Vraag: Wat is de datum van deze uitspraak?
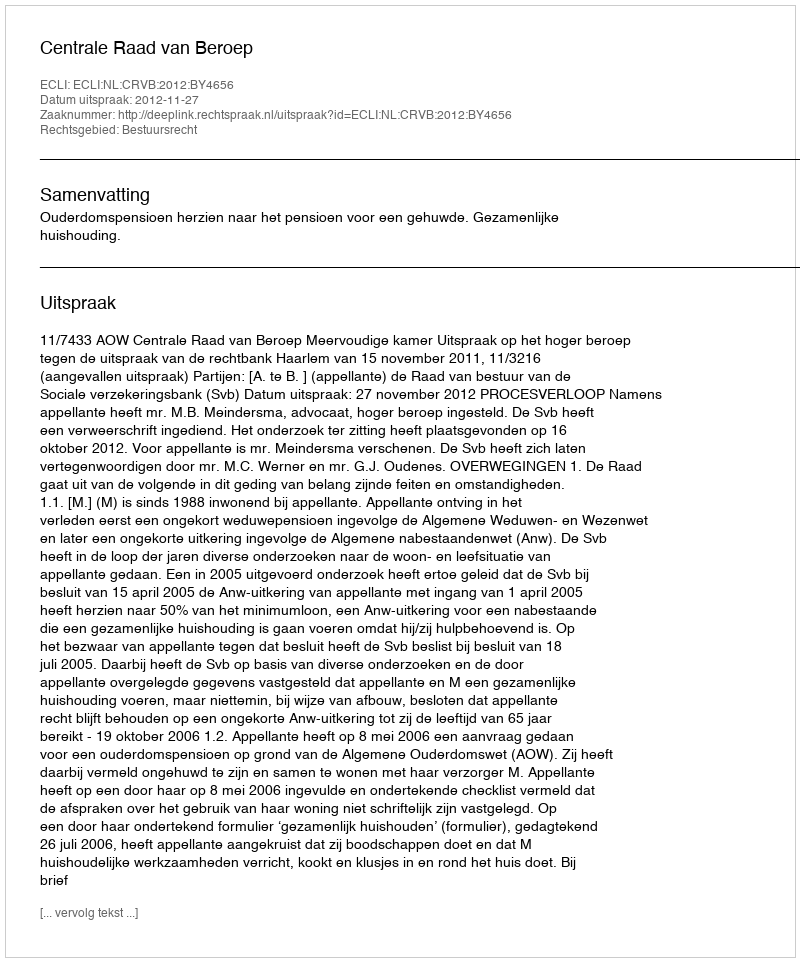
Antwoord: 2012-11-27